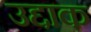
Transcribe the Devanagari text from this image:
उद्दाक